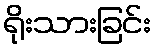
ရိုးသားခြင်း